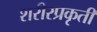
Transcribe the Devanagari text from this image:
शरीरप्रकृती